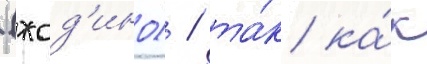
(жод'ино) / та́к ка́к